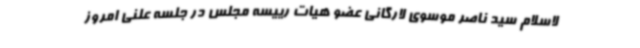
لاسلام سید ناصر موسوی لارگانی عضو هیات رییسه مجلس در جلسه علنی امروز